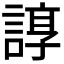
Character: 𧩽